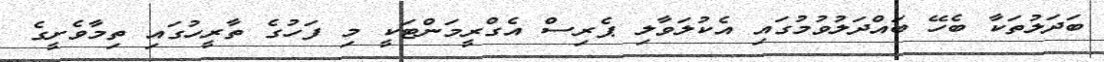
ބަދަލުތަކާ ބެހޭ ބައްދަލުވުމުގައި އެކުލަވާލި ޕެރިސް އެގްރީމަންޓަކީ މި ފަހުގެ ތާރީހުގައި ތިމާވެށީގެ